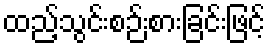
ထည့်သွင်းစဉ်းစားခြင်းဖြင့်